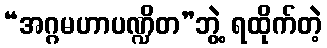
“အဂ္ဂမဟာပဏ္ဍိတ”ဘွဲ့ ရထိုက်တဲ့